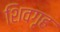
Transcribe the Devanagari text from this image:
शिवगृह